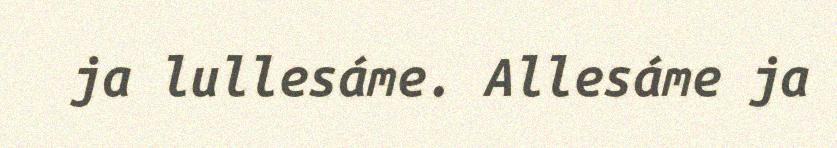
ja lullesáme. Allesáme ja